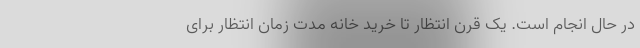
در حال انجام است. یک قرن انتظار تا خرید خانه مدت زمان انتظار برای